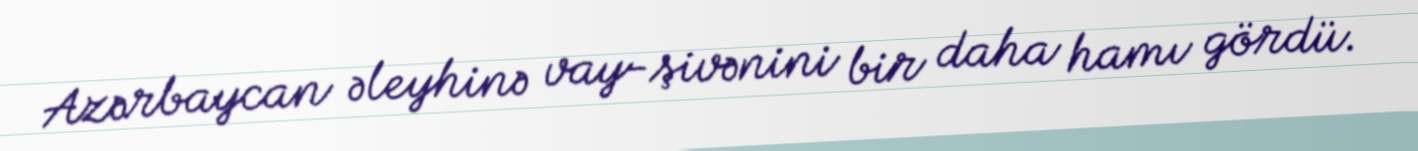
Azərbaycan əleyhinə vay-şivənini bir daha hamı gördü.